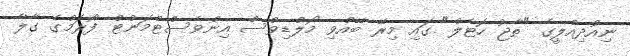
ނިއުދިއްލީގެ "ތާޖު ހޮޓެލް" ގައި މިރޭ ބޭއްވި މޯލްޑިވްސް އިންވެސްޓްމަންޓް ފޯރަމްގެ ގާލާ